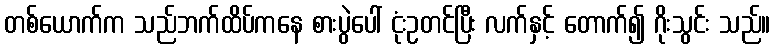
တစ်ယောက်က သည်ဘက်ထိပ်ကနေ စားပွဲပေါ် ငုံးဥတင်ပြီး လက်နှင့် တောက်၍ ဂိုးသွင်း သည်။